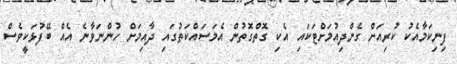
ފިނިކަމާއެކު ކުރިއަށް ގެންދިއުމަށްޓަކައި އެކި ގޮތްގޮތުން އެމަސައްކަތުގައި ދާއިމަށް ހުންނަވާނެ އެއް ބޭފުޅަކީވެސް